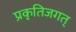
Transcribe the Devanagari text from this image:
प्रकृतिजगत्‌